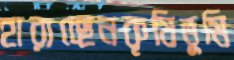
হারাচ্ছেনকৃষিভূমি